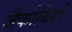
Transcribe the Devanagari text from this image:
जैकोबियो